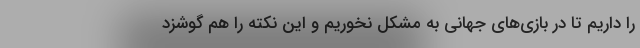
را داریم تا در بازی‌های جهانی به مشکل نخوریم و این نکته را هم گوشزد